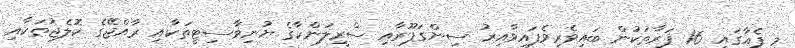
މި ފެއާގައި 16 ފަރާތަކުން ބައިވެރިވެފައިވާއިރު ސިންގަޕޫރާއި ސްރީލަންކާގެ ޔުނިވާސިޓީތަކާއި ރާއްޖޭގެ ކޮލެޖުތަކާއި